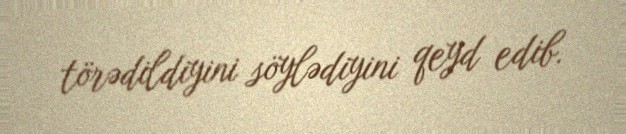
törədildiyini söylədiyini qeyd edib.